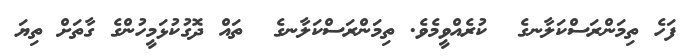
ފަހެ ތިމަންރަސްކަލާނގެ  ކުރެއްވީމެވެ. ތިމަންރަސްކަލާނގެ  ތައް ދޮގުކުޅަމީހުންގެ ގާތަށް ތިޔަ